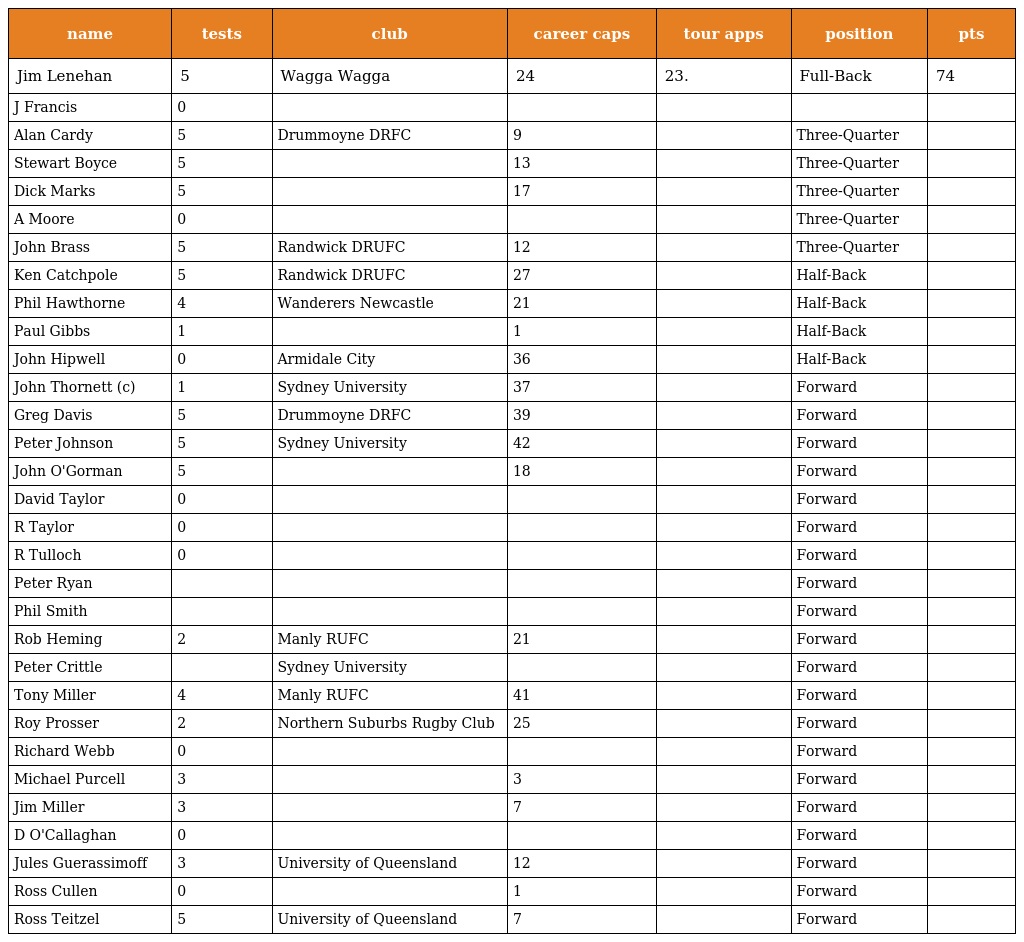
| name | tests | club | career caps | tour apps | position | pts |
 | --- | --- | --- | --- | --- | --- | --- |
 | Jim Lenehan | 5 | Wagga Wagga | 24 | 23. | Full-Back | 74 |
 | J Francis | 0 |  |  |  |  |  |
 | Alan Cardy | 5 | Drummoyne DRFC | 9 |  | Three-Quarter |  |
 | Stewart Boyce | 5 |  | 13 |  | Three-Quarter |  |
 | Dick Marks | 5 |  | 17 |  | Three-Quarter |  |
 | A Moore | 0 |  |  |  | Three-Quarter |  |
 | John Brass | 5 | Randwick DRUFC | 12 |  | Three-Quarter |  |
 | Ken Catchpole | 5 | Randwick DRUFC | 27 |  | Half-Back |  |
 | Phil Hawthorne | 4 | Wanderers Newcastle | 21 |  | Half-Back |  |
 | Paul Gibbs | 1 |  | 1 |  | Half-Back |  |
 | John Hipwell | 0 | Armidale City | 36 |  | Half-Back |  |
 | John Thornett (c) | 1 | Sydney University | 37 |  | Forward |  |
 | Greg Davis | 5 | Drummoyne DRFC | 39 |  | Forward |  |
 | Peter Johnson | 5 | Sydney University | 42 |  | Forward |  |
 | John O'Gorman | 5 |  | 18 |  | Forward |  |
 | David Taylor | 0 |  |  |  | Forward |  |
 | R Taylor | 0 |  |  |  | Forward |  |
 | R Tulloch | 0 |  |  |  | Forward |  |
 | Peter Ryan |  |  |  |  | Forward |  |
 | Phil Smith |  |  |  |  | Forward |  |
 | Rob Heming | 2 | Manly RUFC | 21 |  | Forward |  |
 | Peter Crittle |  | Sydney University |  |  | Forward |  |
 | Tony Miller | 4 | Manly RUFC | 41 |  | Forward |  |
 | Roy Prosser | 2 | Northern Suburbs Rugby Club | 25 |  | Forward |  |
 | Richard Webb | 0 |  |  |  | Forward |  |
 | Michael Purcell | 3 |  | 3 |  | Forward |  |
 | Jim Miller | 3 |  | 7 |  | Forward |  |
 | D O'Callaghan | 0 |  |  |  | Forward |  |
 | Jules Guerassimoff | 3 | University of Queensland | 12 |  | Forward |  |
 | Ross Cullen | 0 |  | 1 |  | Forward |  |
 | Ross Teitzel | 5 | University of Queensland | 7 |  | Forward |  |